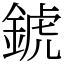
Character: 錿